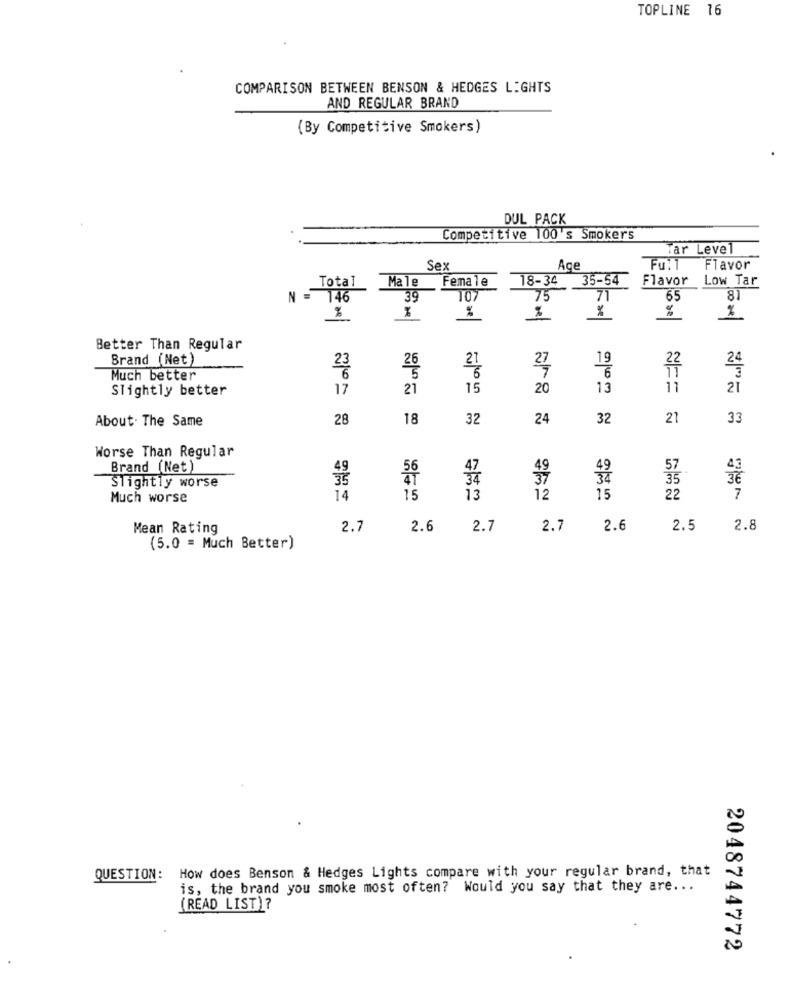
TOPLINE 16
COMPARISON BETWEEN BENSON & HEDGES LIGHTS
AND REGULAR BRAND
(By Competitive Smokers)
DUL PACK
Competitive 100's Smokers
Far Level
Sex
ACE
Flavor
Total
Male
Female
18-34
35-54
Flavor Low Tar
= 146
39
107
75
71
65
81
%
%
%
Better Than Regular
Brand (Net)
19
6
27
6
6
22
11
Much better
Slightly better
17
21
15
20
13
11
21
About. The Same
28
18
32
24
32
21
33
Worse Than Regular
Brand (Net)
56
Slightly worse
Much worse
14
15
13
12
15
22
7
Mean Rating
2.7
2.6
2.7
2.7
2.6
2.5
2.8
(5.0 = Much Better)
QUESTION: How does Benson & Hedges Lights compare with your regular brand, that
is, the brand you smoke most often? Would you say that they are ...
(READ LIST)?
2048744772